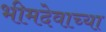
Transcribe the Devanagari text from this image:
भीमदेवाच्या